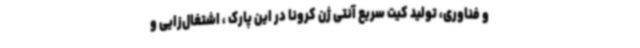
و فناوری، تولید کیت سریع آنتی ژن کرونا در این پارک ، اشتغال‌زایی و